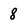
Character: 8